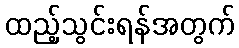
ထည့်သွင်းရန်အတွက်